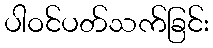
ပါဝင်ပတ်သက်ခြင်း